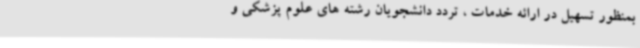
بمنظور تسهیل در ارائه خدمات ، تردد دانشجویان رشته های علوم پزشکی و